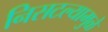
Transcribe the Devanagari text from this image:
निसटल्यामुळे